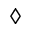
\diamond